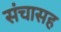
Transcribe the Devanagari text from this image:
संचासह